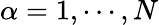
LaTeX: \alpha=1,\cdots,N